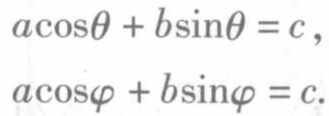
$a\cos\theta + b\sin\theta = c,$
$a\cos\varphi + b\sin\varphi = c.$